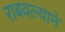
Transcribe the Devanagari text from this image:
राबवल्याने